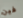
فين